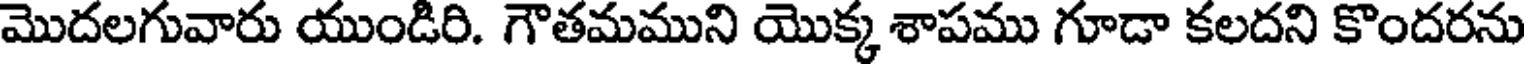
మొదలగువారు యుండిరి. గౌతమముని యొక్క శాపము గూడా కలదని కొందరను